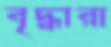
বৃদ্ধারা